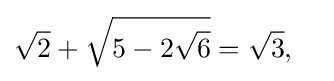
{\sqrt {2}}+{\sqrt {5-2{\sqrt {6}}}}={\sqrt {3}},\quad